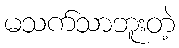
မသက်သာဘူးတဲ့